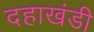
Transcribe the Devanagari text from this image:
दहाखंडी